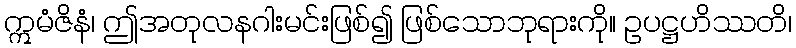
ဣမံဇိနံ၊ ဤအတုလနဂါးမင်းဖြစ်၍ ဖြစ်သောဘုရားကို။ ဥပဋ္ဌဟိဿတိ၊